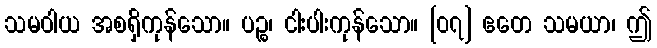
သမဝါယ အစရှိကုန်သော။ ပဉ္စ၊ ငါးပါးကုန်သော။ [၀၇] ဧတေ သမယာ၊ ဤ